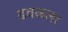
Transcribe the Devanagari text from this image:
ढवळला